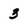
Character: 3